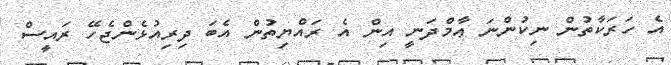
އެ ހަރަކާތުން ނިކުންނަ ޢާމްދަނީ އިން އެ ރައްޔިތުން އެބަ ދިރިއުޅެންޖެހޭ ރައީސް